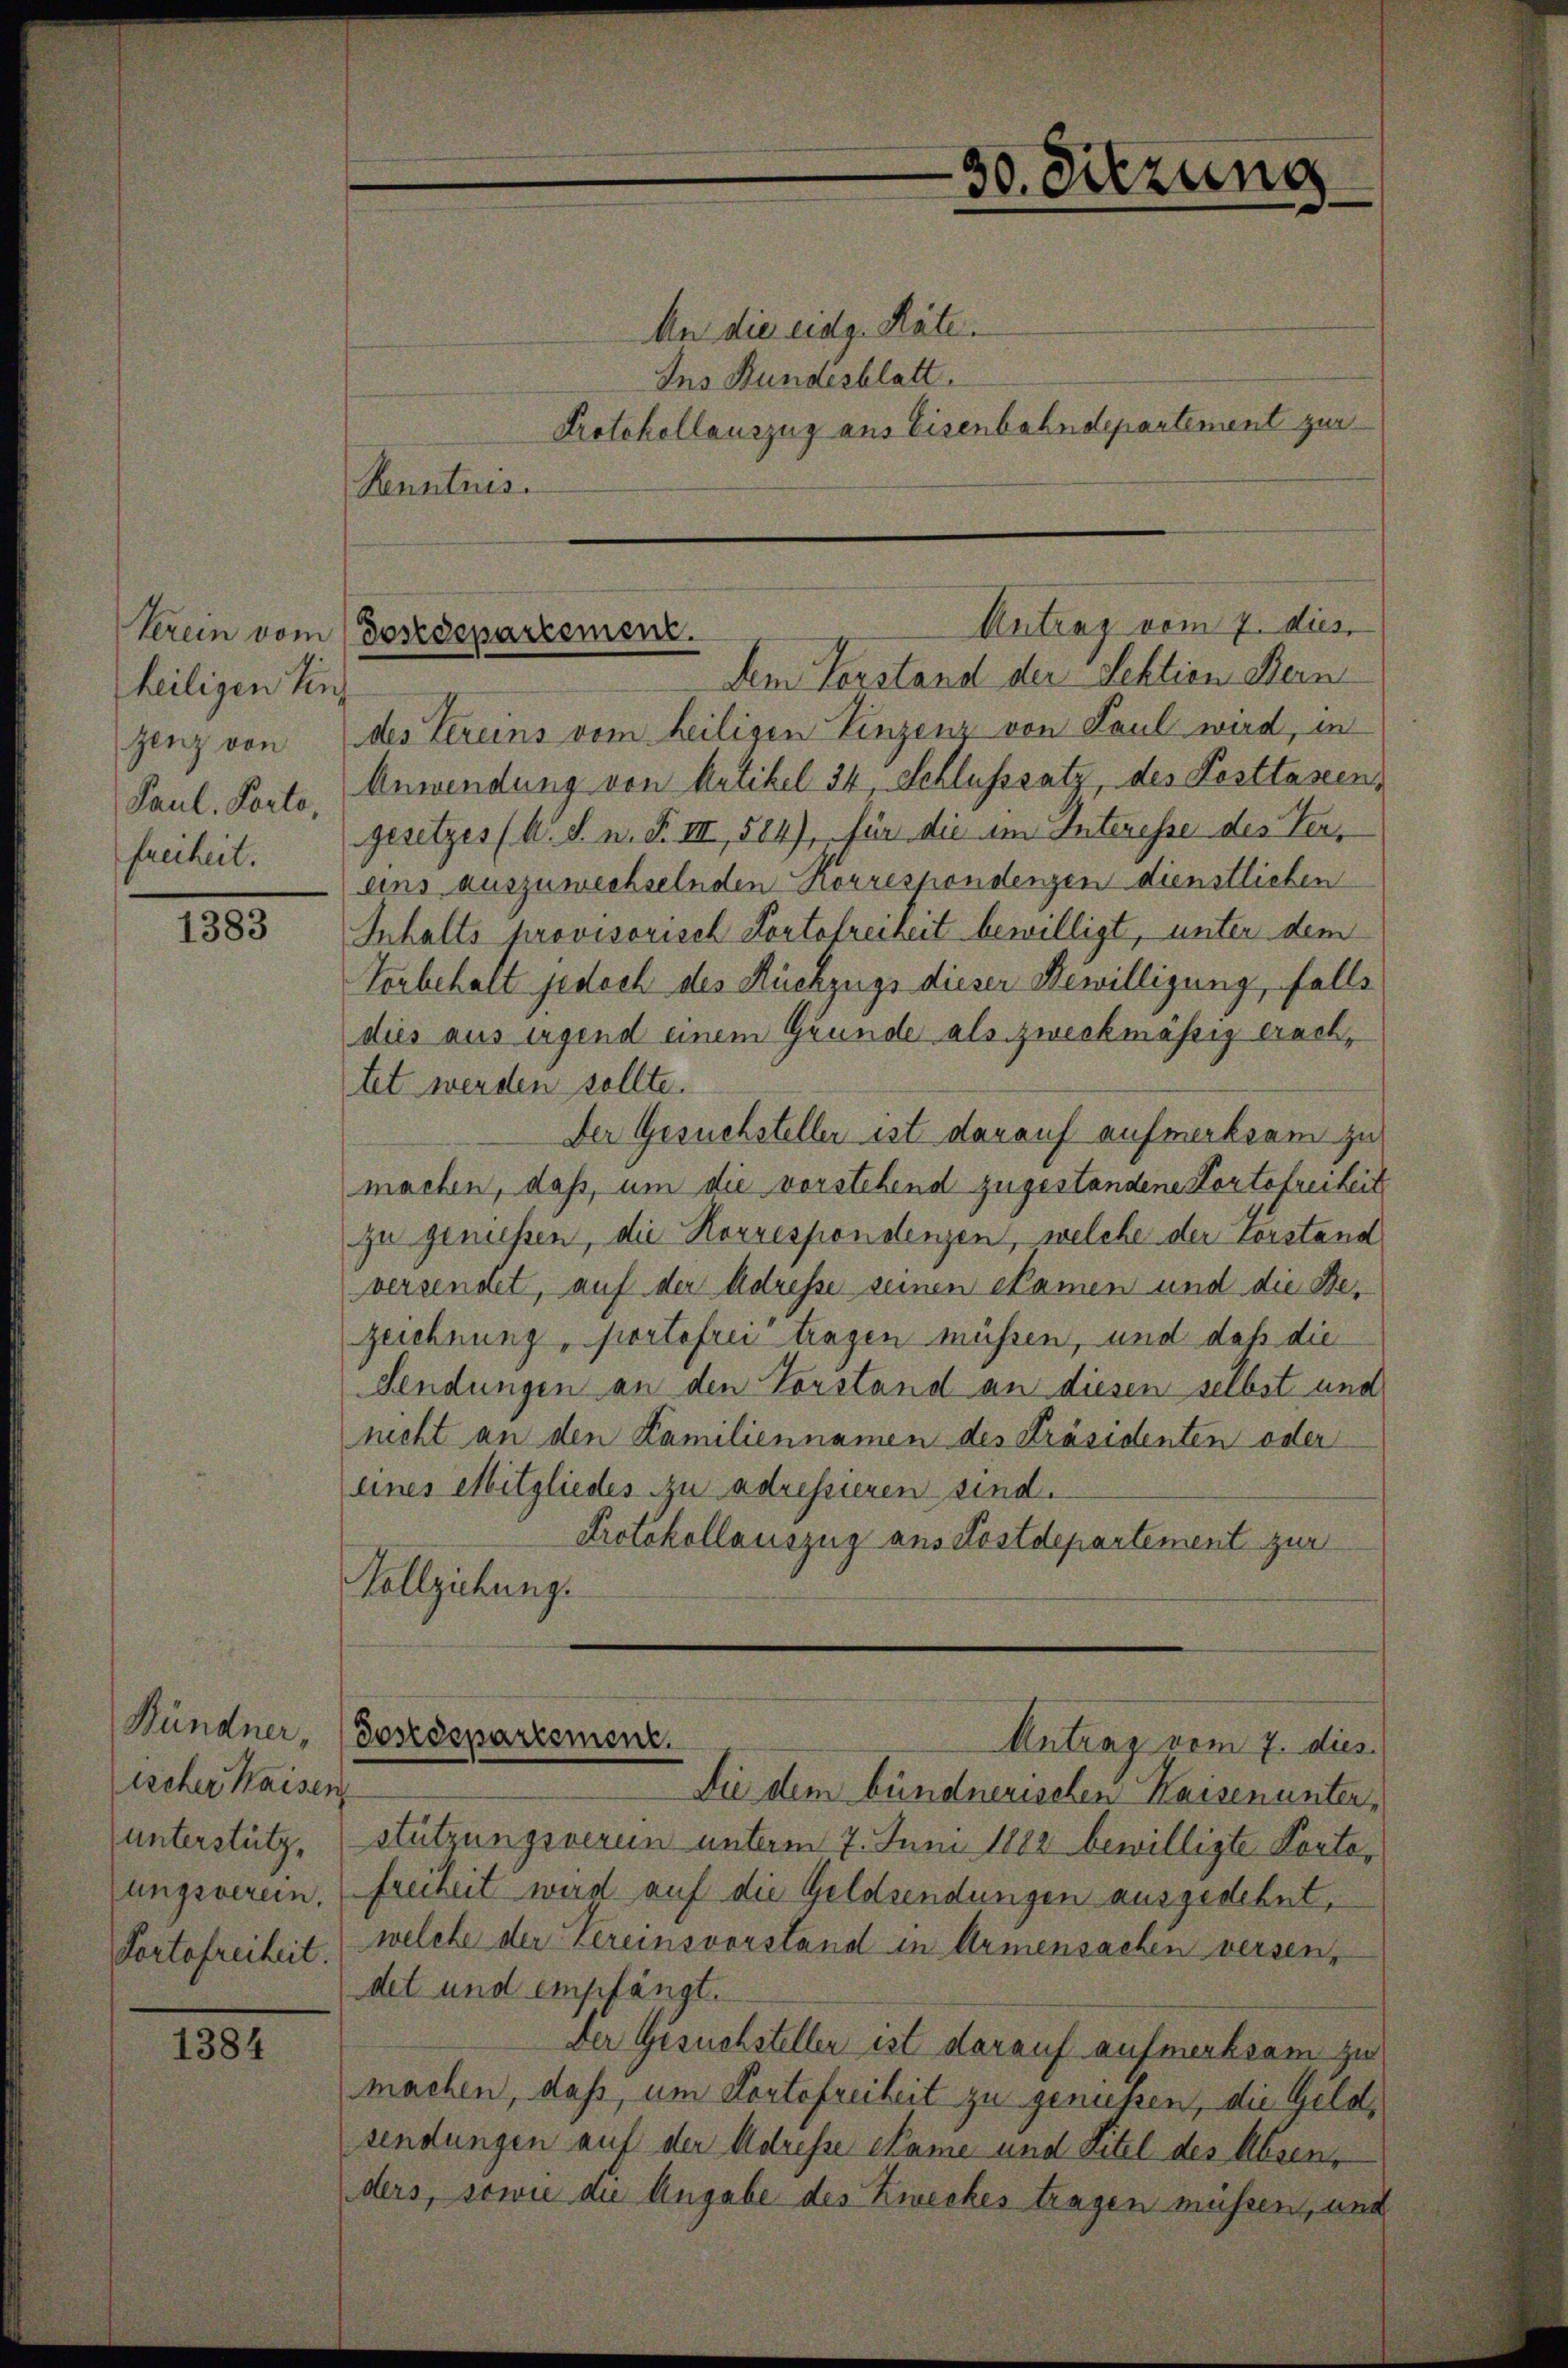
heiligen Einzenz von
Paul. Porto,
freiheit.

1383

Bündner,
ischer Waisen
unterstütz,
ungsverein.
Portofreiheit.

1384

An die eidg. Räte
Ins Bundesblatt.
Protokollauszug aus Eisenbahndepartement zur
Kenntnis.

des Vereins vom heiligen Einzenz von Paul wird, in
Anwendung von Artikel 34, Schlusssatz, des Festtassens
gesetzes (s. S. n. F. III, 584), für die im Interesse des Veruns auszuwechselnden Korrespondenzen dienstlichen
Inhalts provisorisch Portofreiheit bewilligt, unter dem
Vorbehalt jedoch des Rückzugs dieser Bewilligung, falls
dies aus irgend einem Grunde als zweckmässig erachtet werden sollte.
Der Gesuchsteller ist darauf aufmerksam zu
machen, daß, um die vorstehend zugestandene Portofreiheit
zu geniessen, die Korrespondenzen, welche der Vorstand
versendet, auf der Adresse seinen Namen und die Bezeichnung, portofrei tragen müssen, und daß die
Sendungen an den Vorstand an diesen selbst und
nicht an den Kamiliennamen des Präsidenten oder
eines Mitgliedes zu adressieren sind.
Protokollauszug aus Postdepartement zur
Vollziehung.

30. Sitzung

Antrag vom 7. dies
Kerein vom Postdepartement.
dem Vorstand der Lektion Bern

Die dem bündnerischen Kaisenunterstützungsveren unterm 7. Juni 1882 bewilligte Kontofreiheit wird auf die Geldsendungen ausgedehnt,
welche der Vereinsvorstand in Armensachen versen,
det und empfängt.
Der Gesuchsteller ist darauf aufmerksam zu
machen, daß, um Portofreiheit zu genussen, die Geldsendungen auf der Adresse Name und Titel des Absen,
ders, sowie die Angabe des Zweckes tragen müssen, und

Postdepartement.
Antrag vom 7. dies